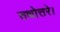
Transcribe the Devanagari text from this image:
तथोत्तरे।